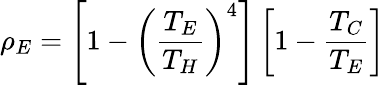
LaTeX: \rho_{E}=\left[1-\left(\frac{T_{E}}{T_{H}}\right)^{4}\right]\left[1-\frac{T_{C}}{T_{E}}\right]